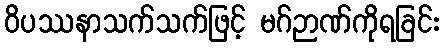
ဝိပဿနာသက်သက်ဖြင့် မဂ်ဉာဏ်ကိုရခြင်း